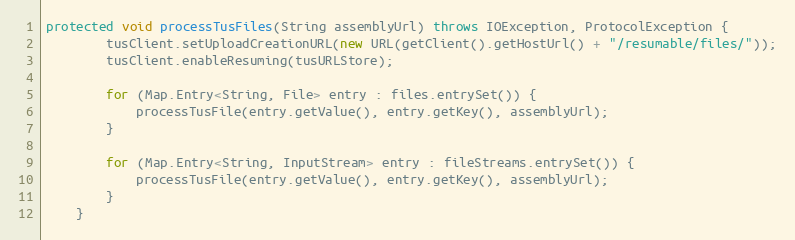
Language: Java
protected void processTusFiles(String assemblyUrl) throws IOException, ProtocolException {
        tusClient.setUploadCreationURL(new URL(getClient().getHostUrl() + "/resumable/files/"));
        tusClient.enableResuming(tusURLStore);

        for (Map.Entry<String, File> entry : files.entrySet()) {
            processTusFile(entry.getValue(), entry.getKey(), assemblyUrl);
        }

        for (Map.Entry<String, InputStream> entry : fileStreams.entrySet()) {
            processTusFile(entry.getValue(), entry.getKey(), assemblyUrl);
        }
    }